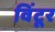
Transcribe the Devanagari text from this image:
विंटूर